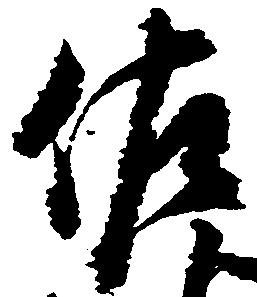
佐